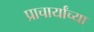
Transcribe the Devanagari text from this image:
प्राचार्यांच्या